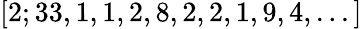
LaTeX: [2;33,1,1,2,8,2,2,1,9,4,...]